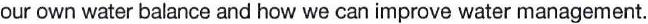
our own water balance and how we can improve water management.